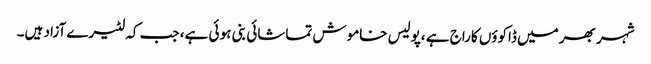
شہر بھر میں ڈاکوؤں کاراج ہے ،پولیس خاموش تماشائی بنی ہو ئی ہے، جب کہ لٹیرے آزاد ہیں۔